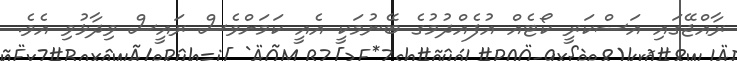
ރާއްޖޭގައި އަސްކަރީ ކޯޓެއް އުފެއްދުމުގެ ބޭނުމަކީ އެއީ ކަމަށްވެސް ރައީސް ވިދާޅުވި އެވެ.